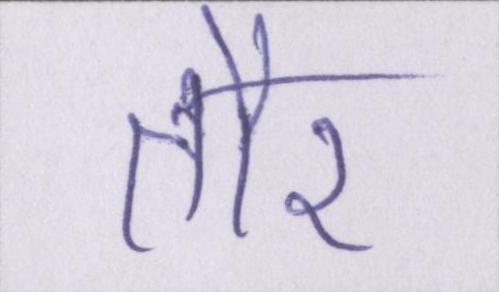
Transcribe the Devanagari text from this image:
तौर